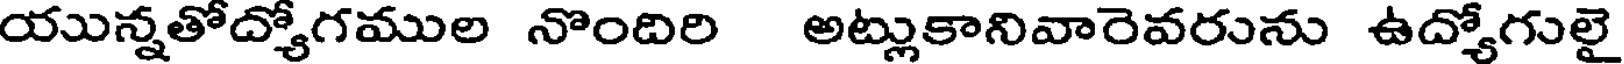
యున్నతోద్యోగముల నొందిరి అట్లుకానివారెవరును ఉద్యోగులై